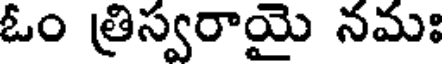
ఓం త్రిస్వరాయై నమః